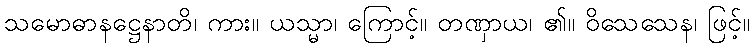
သမောဓာနဋ္ဌေနာတိ၊ ကား။ ယသ္မာ၊ ကြောင့်။ တဏှာယ၊ ၏။ ဝိသေသေန၊ ဖြင့်။